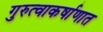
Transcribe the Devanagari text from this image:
गुरुत्वाकर्षाणात